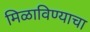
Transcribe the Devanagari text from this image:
मिळाविण्याचा